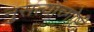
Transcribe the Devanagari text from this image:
नुसत्याच्गोष्टी